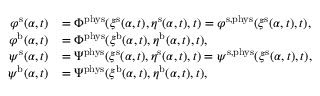
\begin{array} { r l } { \varphi ^ { \mathrm { s } } ( \alpha , t ) } & { = \Phi ^ { \mathrm { p h y s } } ( \xi ^ { \mathrm { s } } ( \alpha , t ) , \eta ^ { \mathrm { s } } ( \alpha , t ) , t ) = \varphi ^ { \mathrm { s } , \mathrm { p h y s } } ( \xi ^ { \mathrm { s } } ( \alpha , t ) , t ) , } \\ { \varphi ^ { \mathrm { b } } ( \alpha , t ) } & { = \Phi ^ { \mathrm { p h y s } } ( \xi ^ { \mathrm { b } } ( \alpha , t ) , \eta ^ { \mathrm { b } } ( \alpha , t ) , t ) , } \\ { \psi ^ { \mathrm { s } } ( \alpha , t ) } & { = \Psi ^ { \mathrm { p h y s } } ( \xi ^ { \mathrm { s } } ( \alpha , t ) , \eta ^ { \mathrm { s } } ( \alpha , t ) , t ) = \psi ^ { \mathrm { s } , \mathrm { p h y s } } ( \xi ^ { \mathrm { s } } ( \alpha , t ) , t ) , } \\ { \psi ^ { \mathrm { b } } ( \alpha , t ) } & { = \Psi ^ { \mathrm { p h y s } } ( \xi ^ { \mathrm { b } } ( \alpha , t ) , \eta ^ { \mathrm { b } } ( \alpha , t ) , t ) , } \end{array}